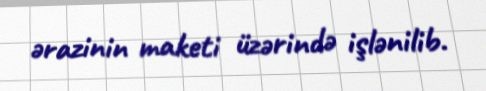
ərazinin maketi üzərində işlənilib.